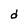
Character: d